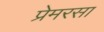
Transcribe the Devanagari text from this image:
प्रेमरसा